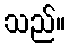
သည်။